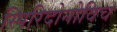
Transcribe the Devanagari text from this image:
स्पिरिदोनोविच